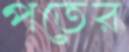
পতের